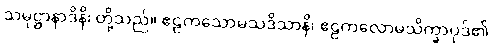
သမုဋ္ဌာနာဒိနိ၊ တို့သည်။ ဧဠကသောမသဒိသာနိ၊ ဧဠကလောမသိက္ခာပုဒ်၏